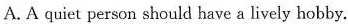
A. A quiet person should have a lively hobby.